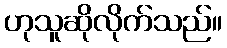
ဟုသူဆိုလိုက်သည်။